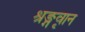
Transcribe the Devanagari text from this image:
श्रृङ्गवान